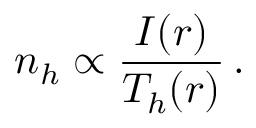
n _ { h } \propto \frac { I ( r ) } { T _ { h } ( r ) } \, .